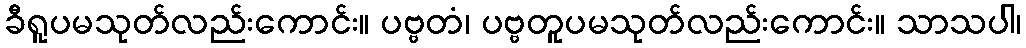
ခီရူပမသုတ်လည်းကောင်း။ ပဗ္ဗတံ၊ ပဗ္ဗတူပမသုတ်လည်းကောင်း။ သာသပါ၊